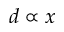
d \propto x